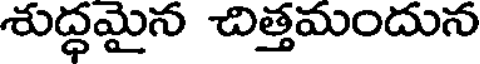
శుద్ధమైన చిత్తమందున